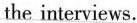
the interviews.